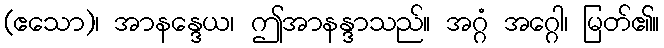
(ဧသော)၊ အာနန္ဒေယ၊ ဤအာနန္ဒာသည်။ အဂ္ဂံ အဂ္ဂေါ၊ မြတ်၏။